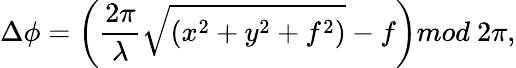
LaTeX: \Delta\phi=\left(\frac{2\pi}{\lambda}\sqrt{(x^{2}+y^{2}+f^{2})}-f\right)mod\ 2\pi,